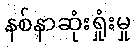
နစ်နာဆုံးရှုံးမှု